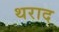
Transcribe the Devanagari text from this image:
थराद